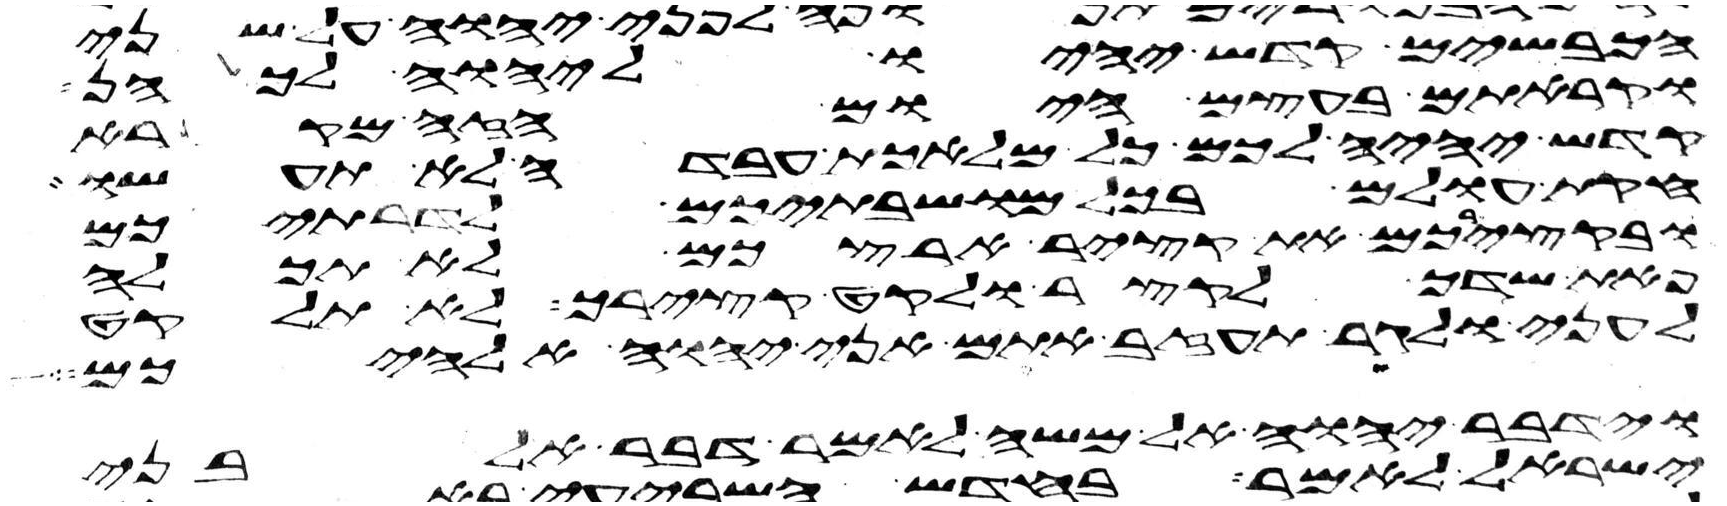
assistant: הכבשים קדש יהיו ליהוה לכהן
וקראתם בעצם היום הזה מקרא
קדש יהיה לכם כל מלאכת עבדה לא תעשו
חקות עולם בכל מושבתיכם לדרתיכם
ובקצירכם את קציר ארצכם לא תכלה
פאת שדך לקצר ולקט קצירך לא תלקט
לעני ולגר תעזב אתם אני יהוה אלהיכם
וידבר יהוה אל משה לאמר דבר אל בני